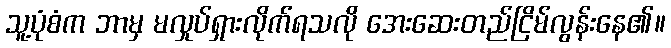
သူ့ပုံစံက ဘာမှ မလှုပ်ရှားလိုက်ရသလို အေးဆေးတည်ငြိမ်လွန်းနေ၏။